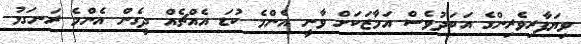
ވިޔަފާރިވެރިންގެ އަބަދުވެސް އަމާޒަކަށް ވާނީ އެންމެ ކުޑަ އެއްޗެއް ދީގެން އެންމެ ރަނގަޅު